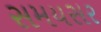
સમયસર